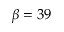
\beta = 3 9